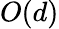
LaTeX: O(d)